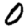
Digit: 0